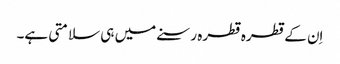
اِن کے قطرہ قطرہ رسنے میں ہی سلامتی ہے۔